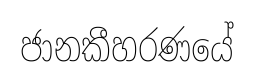
ජානකීහරණයේ